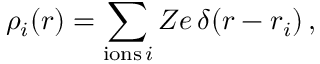
\rho _ { i } ( \boldsymbol { r } ) = \sum _ { \mathrm { i o n s \, } i } Z e \, \delta ( \boldsymbol { r } - \boldsymbol { r } _ { i } ) \, ,